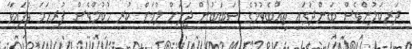
ދަރިކަލުންވެސް ބަންދުގައި ތިއްބެވުމުގެ ސަބަބުން ޖަލަށް ލުމަށް ކުރި ހުކުމްވެސް ފުރިހަމަ ވެފައިވާ